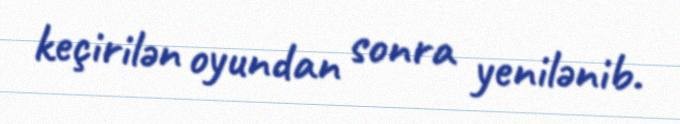
keçirilən oyundan sonra yenilənib.